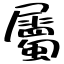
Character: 屬